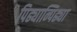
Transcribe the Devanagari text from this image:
पिढ्यान्पिढ्या